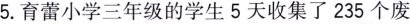
5.育蕾小学三年级的学生五天搜集看235个废